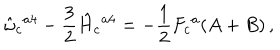
\hat { \omega } _ { c } { } ^ { a 4 } - \frac { 3 } { 2 } \hat { H } _ { c } { } ^ { a 4 } = - \frac { 1 } { 2 } F _ { c } { } ^ { a } ( A + B ) \, ,